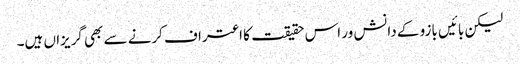
لیکن بائیں بازو کے دانش ور اس حقیقت کا اعتراف کرنے سے بھی گریزاں ہیں۔